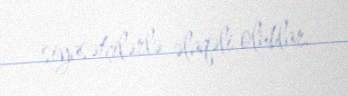
siyasətçilərlə əlaqəli olublar.